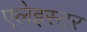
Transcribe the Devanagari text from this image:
एलेइस्टर